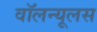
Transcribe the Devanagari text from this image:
वॉलन्यूलस